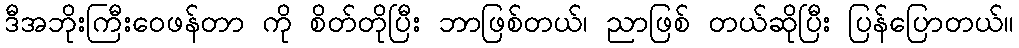
ဒီအဘိုးကြီးဝေဖန်တာ ကို စိတ်တိုပြီး ဘာဖြစ်တယ်၊ ညာဖြစ် တယ်ဆိုပြီး ပြန်ပြောတယ်။